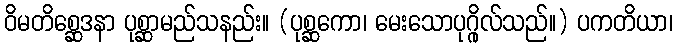
ဝိမတိစ္ဆေဒနာ ပုစ္ဆာမည်သနည်း။ (ပုစ္ဆကော၊ မေးသောပုဂ္ဂိုလ်သည်။) ပကတိယာ၊